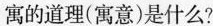
寓的道理(寓意)是什么?